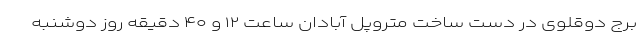
برج دوقلوی در دست ساخت متروپل آبادان ساعت ۱۲ و ۴۰ دقیقه روز دوشنبه